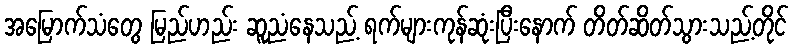
အမြောက်သံတွေ မြည်ဟည်း ဆူညံနေသည့် ရက်များကုန်ဆုံးပြီးနောက် တိတ်ဆိတ်သွားသည့်တိုင်